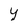
Character: y